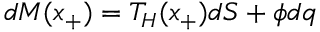
d M ( x _ { + } ) = T _ { H } ( x _ { + } ) d S + \phi d q